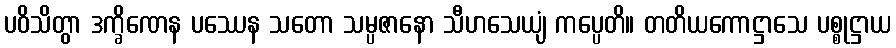
ပဝိသိတွာ ဒက္ခိဏေန ပဿေန သတော သမ္ပဇာနော သီဟသေယျံ ကပ္ပေတိ။ တတိယကောဋ္ဌာသေ ပစ္စုဋ္ဌာယ